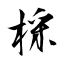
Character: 棌